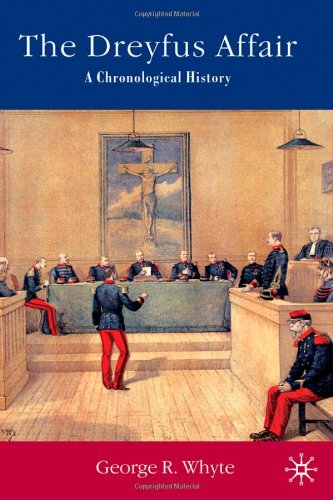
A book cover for The Dreyfus Affair: A Chronological History; George Whyte; Law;